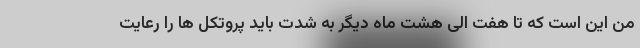
من این است که تا هفت الی هشت ماه دیگر به شدت باید پروتکل ها را رعایت